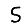
Digit: 5